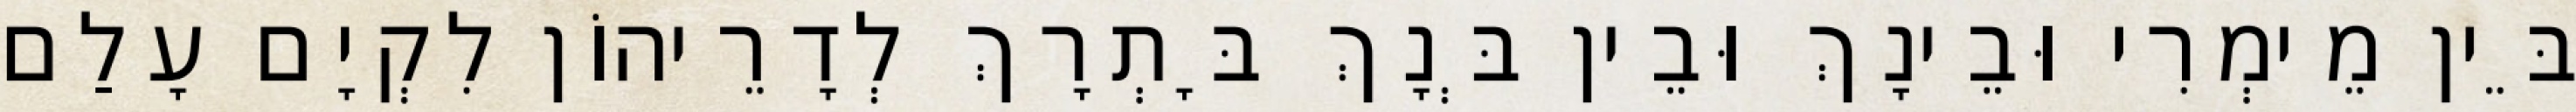
בֵּין מֵימְרִי וּבֵינָךְ וּבֵין בְּנָךְ בָּתְרָךְ לְדָרֵיהוֹן לִקְיָם עָלַם